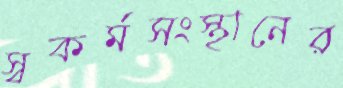
স্বকর্মসংস্থানের